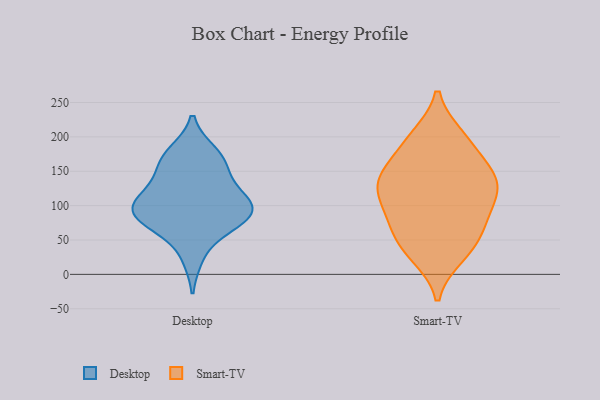
{"axis": {"x": "LTV (USD)", "y": "Value"}, "legend": ["Desktop", "Smart-TV"], "data": [{"x": "", "y": 26, "type": "Desktop"}, {"x": "", "y": 177, "type": "Desktop"}, {"x": "", "y": 72, "type": "Desktop"}, {"x": "", "y": 172, "type": "Desktop"}, {"x": "", "y": 81, "type": "Desktop"}, {"x": "", "y": 85, "type": "Desktop"}, {"x": "", "y": 87, "type": "Desktop"}, {"x": "", "y": 150, "type": "Desktop"}, {"x": "", "y": 106, "type": "Desktop"}, {"x": "", "y": 106, "type": "Desktop"}, {"x": "", "y": 159, "type": "Desktop"}, {"x": "", "y": 79, "type": "Desktop"}, {"x": "", "y": 113, "type": "Desktop"}, {"x": "", "y": 117, "type": "Desktop"}, {"x": "", "y": 81, "type": "Smart-TV"}, {"x": "", "y": 62, "type": "Smart-TV"}, {"x": "", "y": 28, "type": "Smart-TV"}, {"x": "", "y": 200, "type": "Smart-TV"}, {"x": "", "y": 128, "type": "Smart-TV"}, {"x": "", "y": 85, "type": "Smart-TV"}, {"x": "", "y": 37, "type": "Smart-TV"}, {"x": "", "y": 189, "type": "Smart-TV"}, {"x": "", "y": 150, "type": "Smart-TV"}, {"x": "", "y": 152, "type": "Smart-TV"}, {"x": "", "y": 124, "type": "Smart-TV"}, {"x": "", "y": 135, "type": "Smart-TV"}, {"x": "", "y": 119, "type": "Smart-TV"}, {"x": "", "y": 136, "type": "Smart-TV"}, {"x": "", "y": 87, "type": "Smart-TV"}, {"x": "", "y": 40, "type": "Smart-TV"}, {"x": "", "y": 197, "type": "Smart-TV"}]}